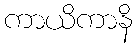
ကာယိကာနိ